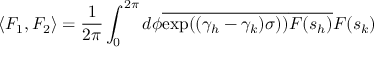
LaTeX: \langle F _ { 1 } , F _ { 2 } \rangle = \frac { 1 } { 2 \pi } \int _ { 0 } ^ { 2 \pi } d \phi \overline { { { \exp ( ( \gamma _ { h } - \gamma _ { k } ) \sigma ) ) } } } \overline { { { F ( s _ { h } ) } } } F ( s _ { k } )